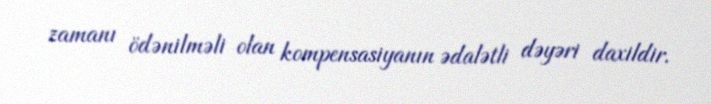
zamanı ödənilməli olan kompensasiyanın ədalətli dəyəri daxildir.